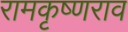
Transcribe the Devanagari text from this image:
रामकृष्णराव